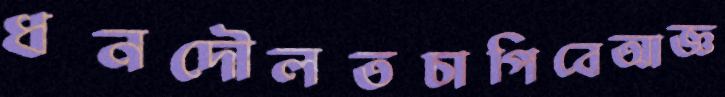
ধনদৌলতচাপিবেআজ্ঞ